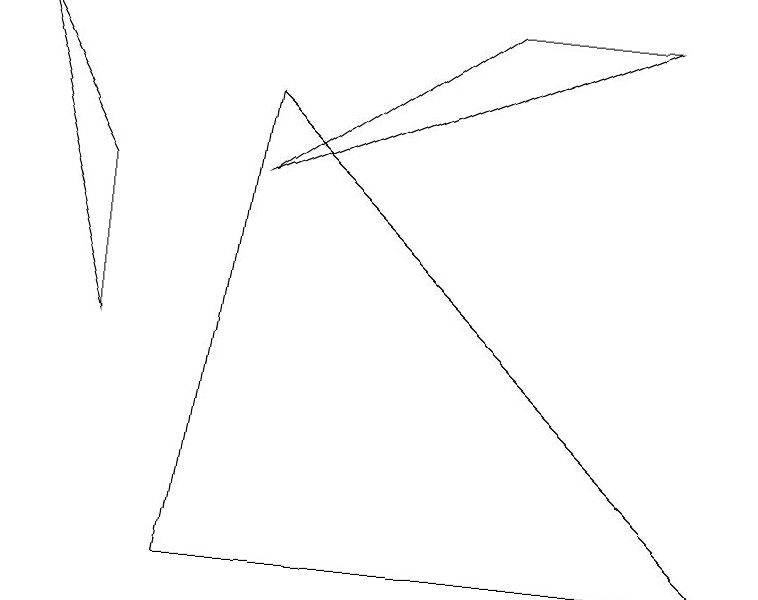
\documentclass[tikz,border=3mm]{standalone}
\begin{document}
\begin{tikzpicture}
\draw (2,0) -- (3,6) -- (9,0) -- cycle;
\draw (8,7) -- (3,5) -- (6,7) -- cycle;
\draw (1,3) -- (1,5) -- (0,7) -- cycle;
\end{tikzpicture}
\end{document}